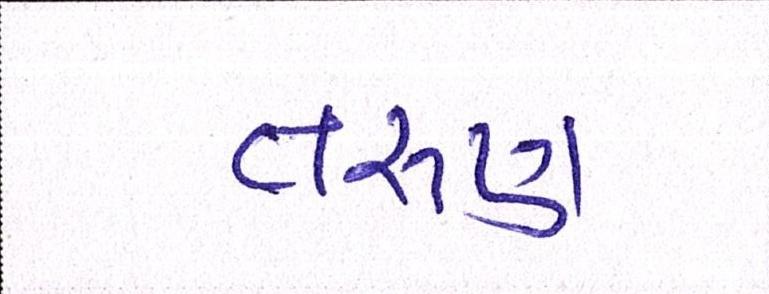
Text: તરુણ